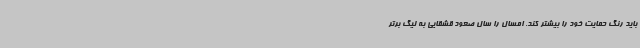
باید رنگ حمایت خود را بیشتر کند. امسال را سال صعود قشقایی به لیگ برتر